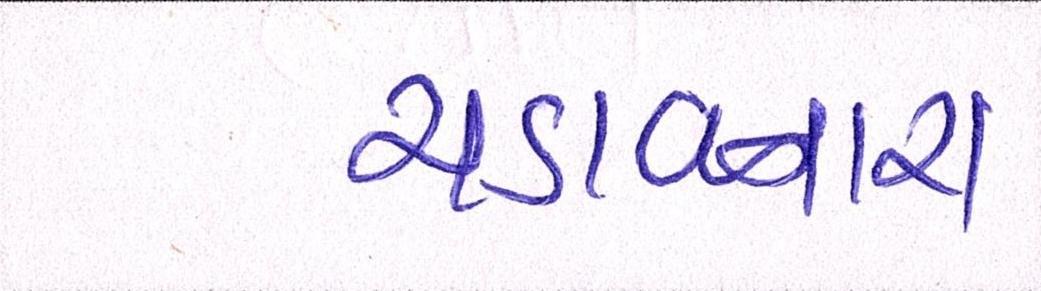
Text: ચડાવનારા